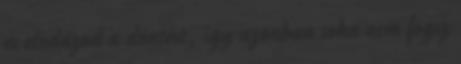
és elodázod a döntést, így azonban soha nem fogsz